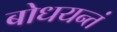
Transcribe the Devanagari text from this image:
बोधयन्तं